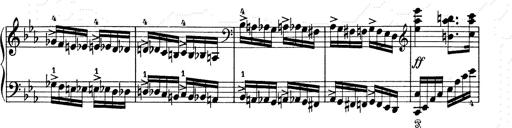
Title: 6 Polish Songs
Composer: Franz Liszt